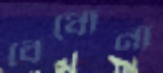
বেধোনা